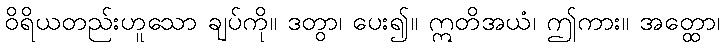
ဝိရိယတည်းဟူသော ချပ်ကို။ ဒတွာ၊ ပေး၍။ ဣတိအယံ၊ ဤကား။ အတ္ထော၊